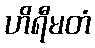
ဟိရီမတံ